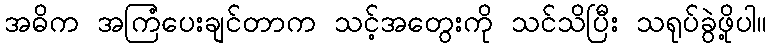
အဓိက အကြံပေးချင်တာက သင့်အတွေးကို သင်သိပြီး သရုပ်ခွဲဖို့ပါ။